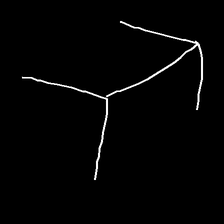
Glyph: gather